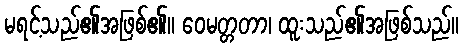
မရင့်သည်၏အဖြစ်၏။ ဝေမတ္တတာ၊ ထူးသည်၏အဖြစ်သည်။